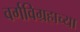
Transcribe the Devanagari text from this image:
वर्गविग्रहाच्या